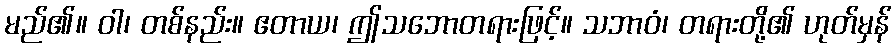
မည်၏။ ဝါ၊ တစ်နည်း။ ဧတာယ၊ ဤသဘောတရားဖြင့်။ သဘာဝံ၊ တရားတို့၏ ဟုတ်မှန်